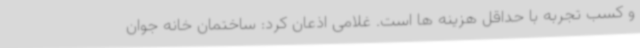
و کسب تجربه با حداقل هزینه ها است. غلامی اذعان کرد: ساختمان خانه جوان